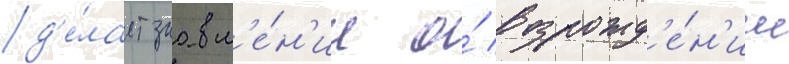
д'е́лает заавл'е́н'ие о́ возрожд'е́н'ии